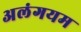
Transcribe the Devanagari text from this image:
अलंगयम